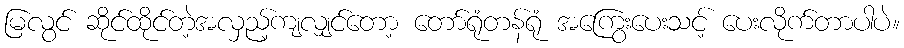
မြလွင် ဆိုင်ထိုင်တဲ့အလှည့်ကျလျှင်တော့ တော်ရုံတန်ရုံ အကြွေးပေးသင့် ပေးလိုက်တာပါပဲ။